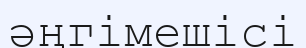
әңгімешісі